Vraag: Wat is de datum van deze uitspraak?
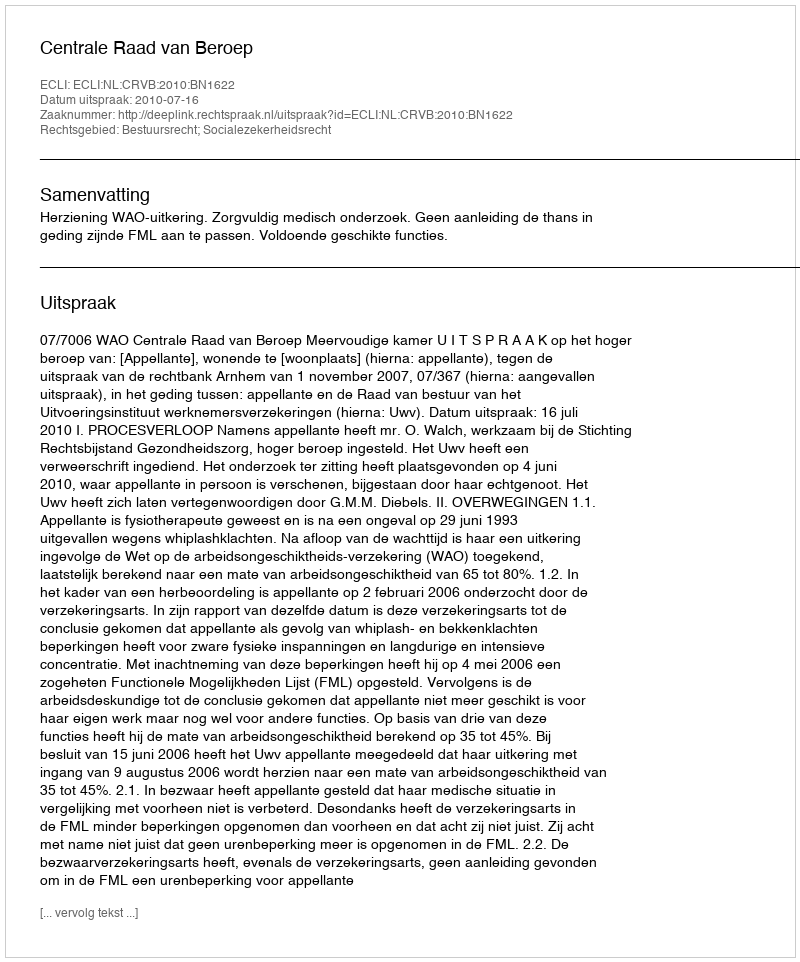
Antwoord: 2010-07-16